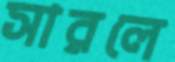
সারলে